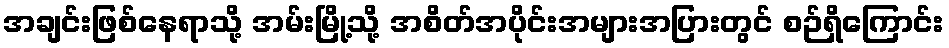
အချင်းဖြစ်နေရာသို့ အမ်းမြို့သို့ အစိတ်အပိုင်းအများအပြားတွင် စဉ်ရှိကြောင်း